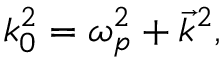
k _ { 0 } ^ { 2 } = \omega _ { p } ^ { 2 } + { \vec { k } } ^ { 2 } ,